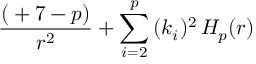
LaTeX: { \frac { \l ( \l + 7 - p ) } { r ^ { 2 } } } + \sum _ { i = 2 } ^ { p } \, ( k _ { i } ) ^ { 2 } \, H _ { p } ( r )